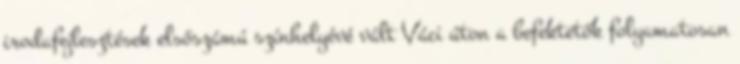
irodafejlesztések elsőszámú színhelyévé vált Váci úton a befektetők folyamatosan